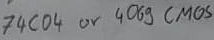
Text: 74C04 or 4069 CMOS